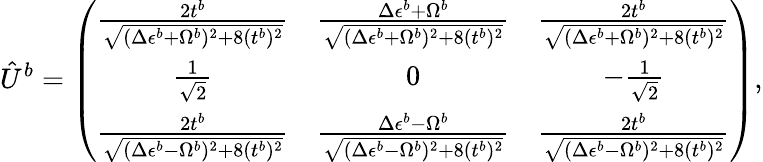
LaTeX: \hat{U}^{b}=\left(\begin{array}{ccc}{\frac{2t^{b}}{\sqrt{(\Delta\epsilon^{b}+\Omega^{b})^{2}+8(t^{b})^{2}}}}&{\frac{\Delta\epsilon^{b}+\Omega^{b}}{\sqrt{(\Delta\epsilon^{b}+\Omega^{b})^{2}+8(t^{b})^{2}}}}&{\frac{2t^{b}}{\sqrt{(\Delta\epsilon^{b}+\Omega^{b})^{2}+8(t^{b})^{2}}}}\\ {\frac{1}{\sqrt{2}}}&{0}&{-\frac{1}{\sqrt{2}}}\\ {\frac{2t^{b}}{\sqrt{(\Delta\epsilon^{b}-\Omega^{b})^{2}+8(t^{b})^{2}}}}&{\frac{\Delta\epsilon^{b}-\Omega^{b}}{\sqrt{(\Delta\epsilon^{b}-\Omega^{b})^{2}+8(t^{b})^{2}}}}&{\frac{2t^{b}}{\sqrt{(\Delta\epsilon^{b}-\Omega^{b})^{2}+8(t^{b})^{2}}}}\end{array}\right),